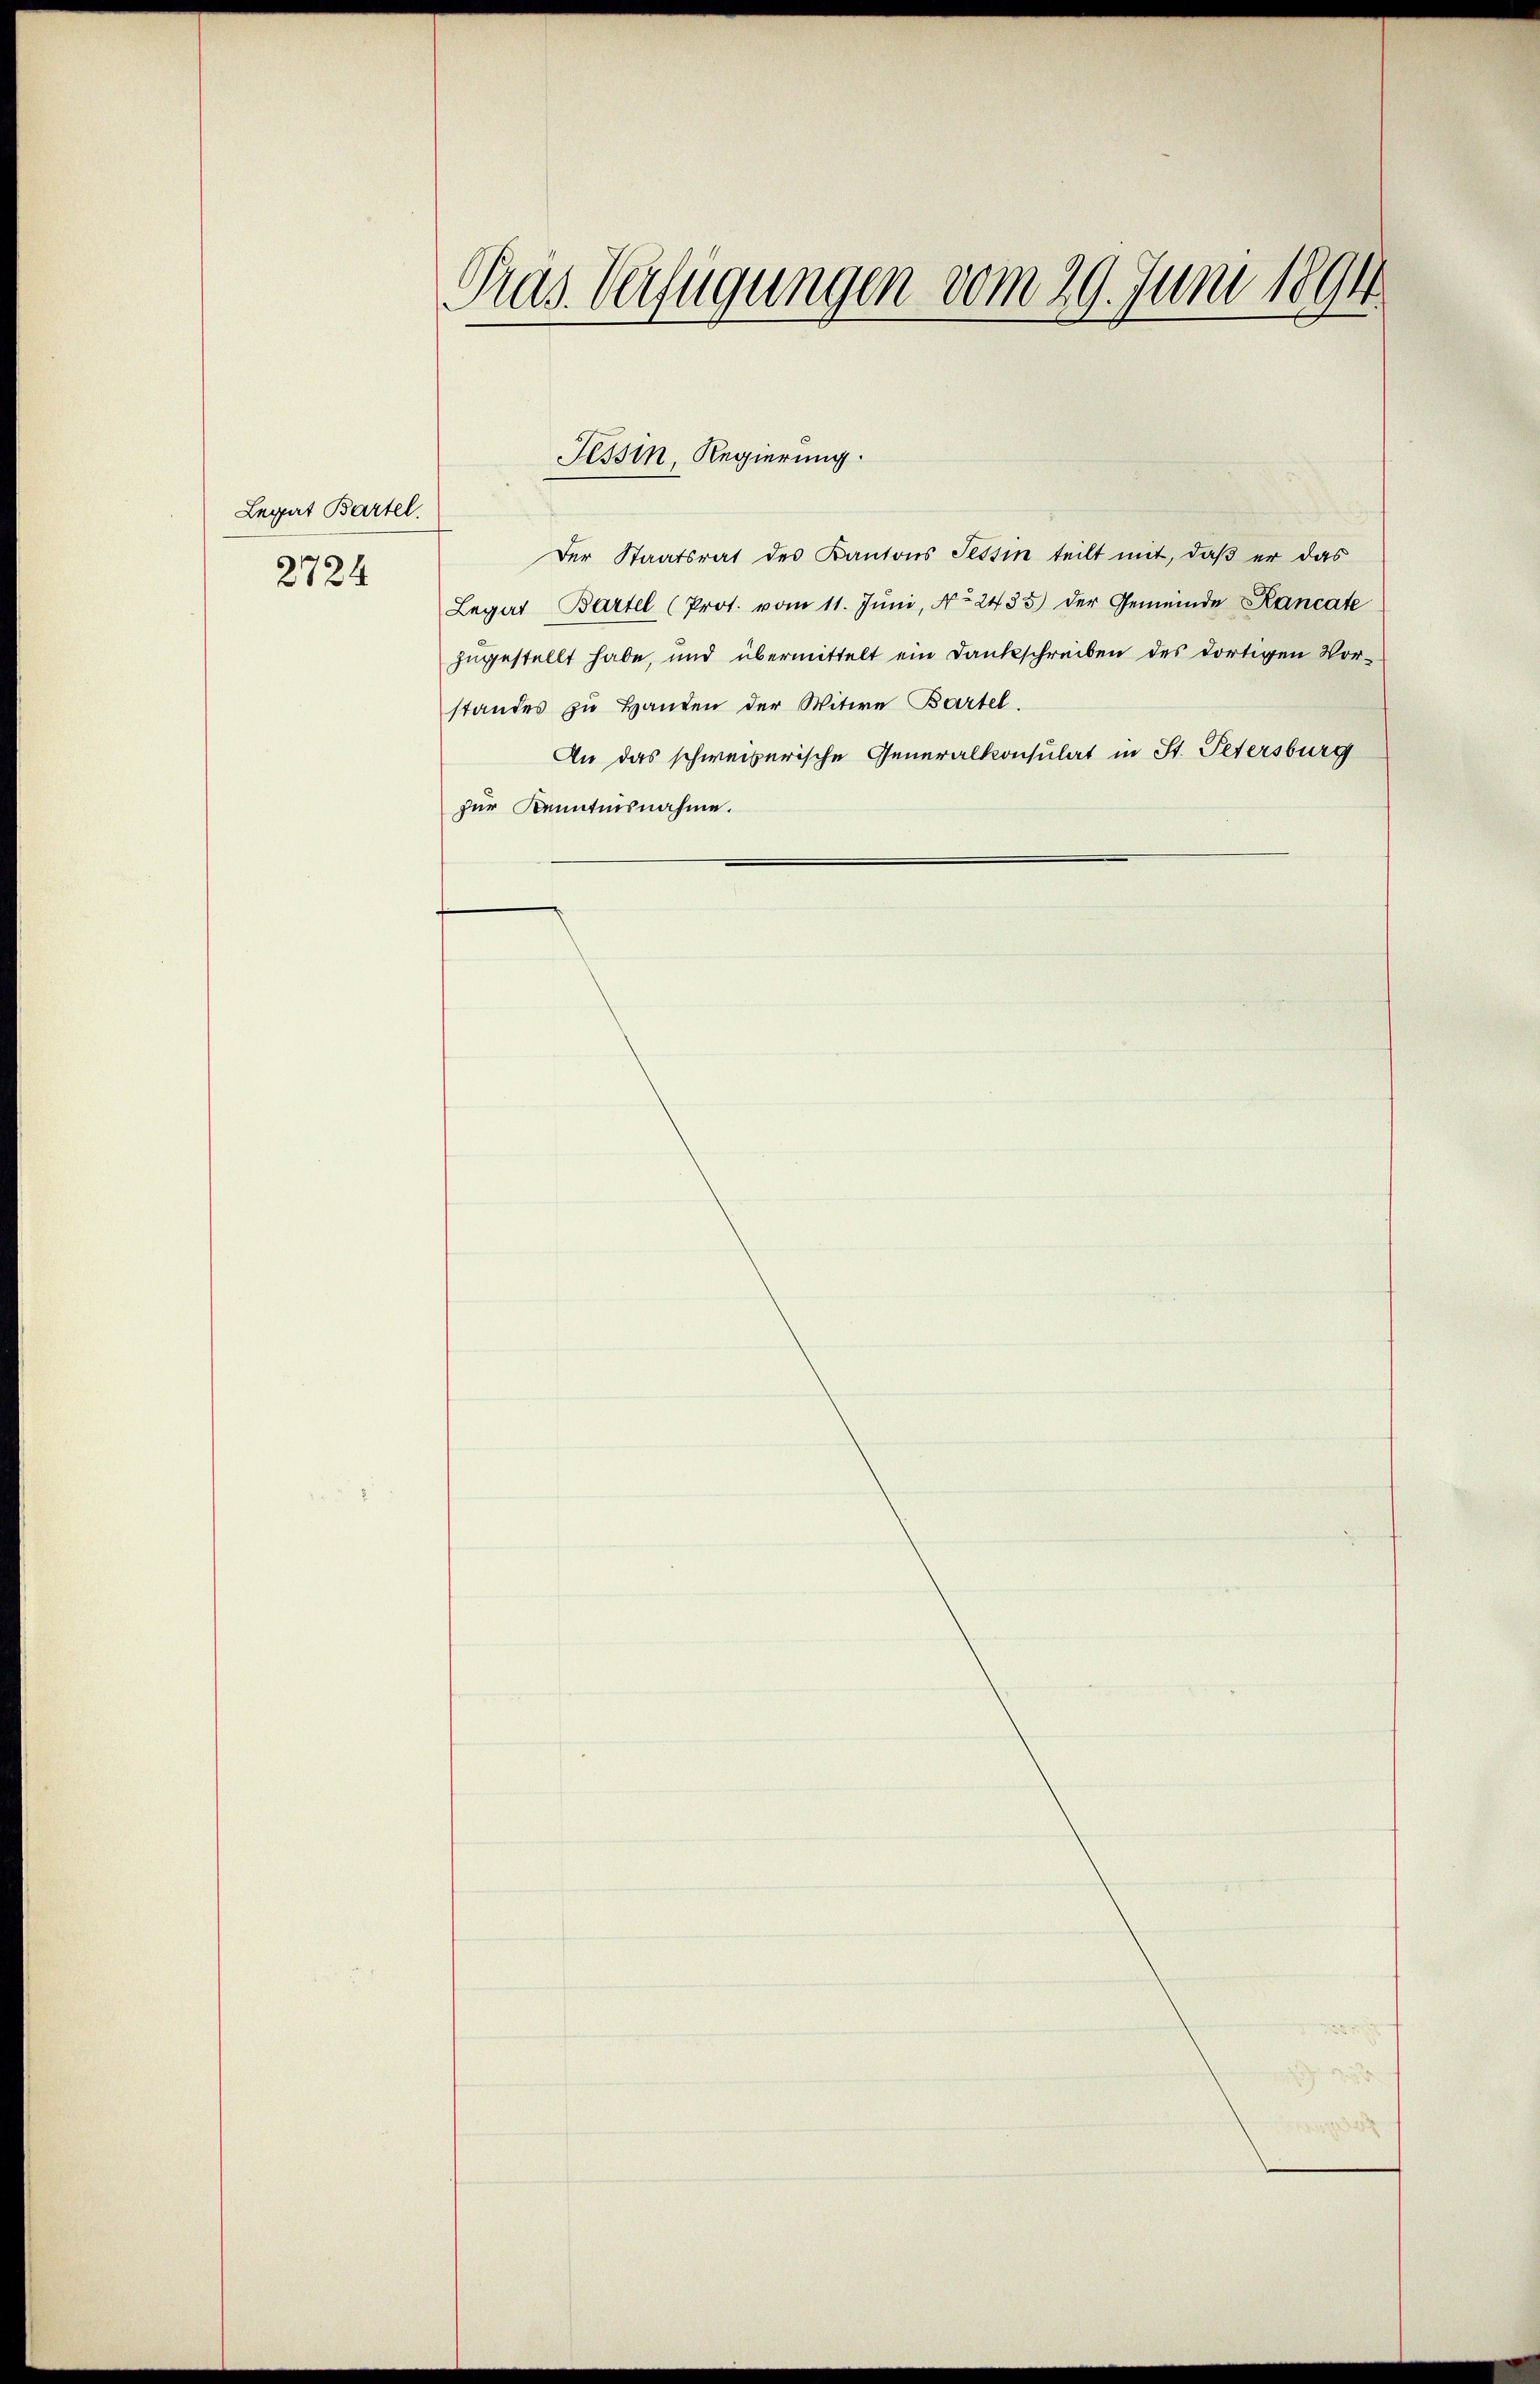
Legat Bartel.
2724

Präs. Verfügungen vom 29. Juni 1894

Tessin, Regierung.

Der Staatsrat des Kantons Tessin teilt mit, daß er das
Legat Bartel (Prot. vom 11. Jŭni, No. 2435) der Gemeinde Kancate
zugestellt habe, und übermittelt ein Dankschreiben des dortigen Vorstandes zu Handen der Witwe Bartel.
An das schweiberische Generalkonsulat in St. Petersburg
zur Kenntnisnahme.